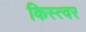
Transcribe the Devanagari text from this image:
किस्त्वर